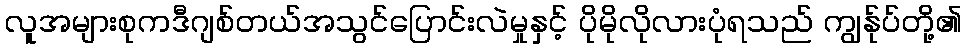
လူအများစုကဒီဂျစ်တယ်အသွင်ပြောင်းလဲမှုနှင့် ပိုမိုလိုလားပုံရသည် ကျွန်ုပ်တို့၏